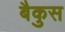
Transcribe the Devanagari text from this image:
बैकुस